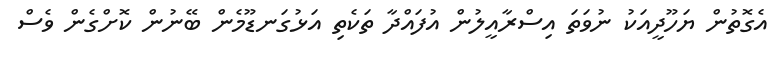
އެގޮތުން ޔަހޫދީއަކު ނުވަތަ އިސްރާއީލުން އުފައްދާ ތަކެތި އަޅުގަނޑޫމެން ބޭނުން ކޮށްގެން ވެސް